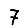
Digit: 7